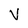
Character: V